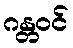
ဂန္တဝင်